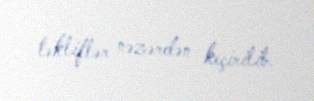
təkliflər nəzərdən keçirilib.